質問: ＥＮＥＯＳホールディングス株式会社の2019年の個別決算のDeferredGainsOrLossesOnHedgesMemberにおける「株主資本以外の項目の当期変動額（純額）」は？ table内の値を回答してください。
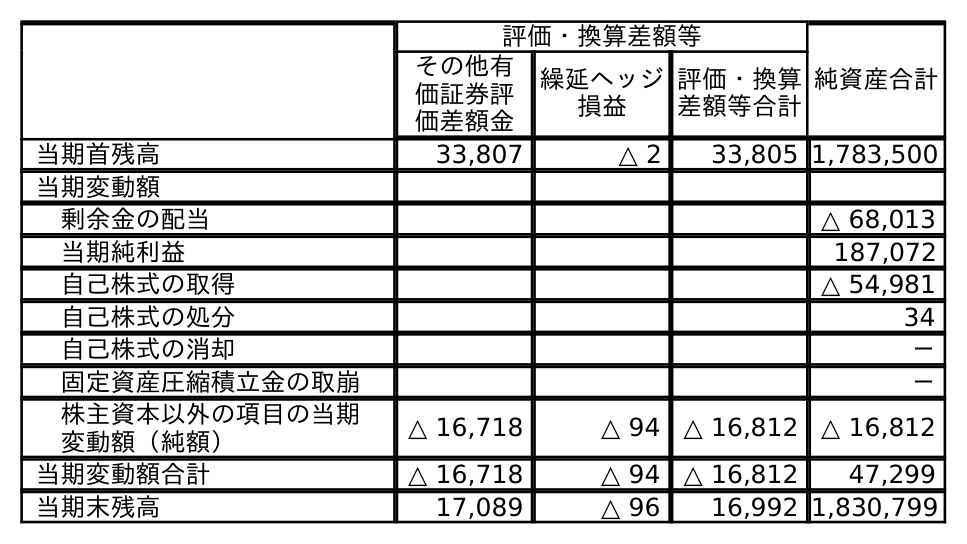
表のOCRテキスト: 評価・換算差額等 純資産合計 その他有 価証券評 価差額金 繰延ヘッジ 損益 評価・換算 差額等合計 当期首残高 33,807 △ 2 33,805 1,783,500 当期変動額 剰余金の配当 △ 68,013 当期純利益 187,072 自己株式の取得 △ 54,981 自己株式の処分 34 自己株式の消却 － 固定資産圧縮積立金の取崩 － 株主資本以外の項目の当期 変動額（純額） △ 16,718 △ 94 △ 16,812 △ 16,812 当期変動額合計 △ 16,718 △ 94 △ 16,812 47,299 当期末残高 17,089 △ 96 16,992 1,830,799
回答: △94